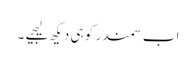
اب سمندر کو ہی دیکھ لیجیے ۔